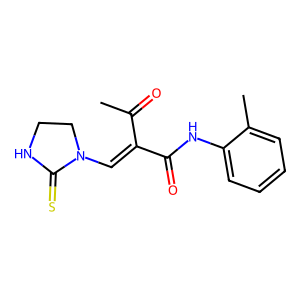
SMILES: CC(=O)C(=CN1CCNC1=S)C(=O)Nc1ccccc1C
Inhibits HIV replication: No